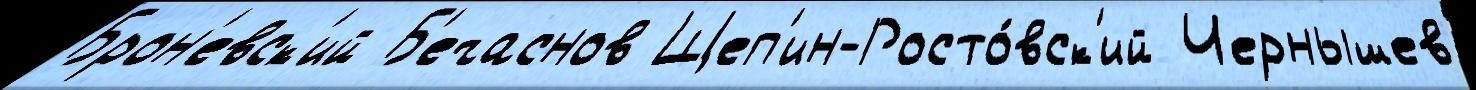
Брон'евск'ий Б'ечаснов Щеп'ин-Росто́вск'ий Чернышев